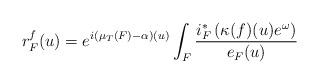
LaTeX: \begin{align*} r^f_F(u) = e^{i\left(\mu_T(F)-\alpha\right)(u)} \int_F \frac{i^\ast_F \left(\kappa(f)(u) e^\omega \right)}{e_F(u)}\end{align*}